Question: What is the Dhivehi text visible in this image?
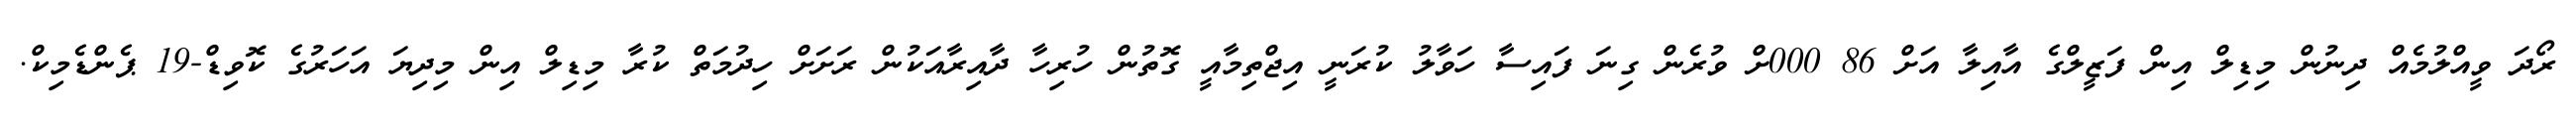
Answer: ރޯދަ ވީއްލުމެއް ދިނުން މިޑިލް އިން ފަޒީލްގެ އާއިލާ އަށް 86 000ށް ވުރެން ގިނަ ފައިސާ ހަވާލު ކުރަނީ އިޖްތިމާއީ ގޮތުން ހުރިހާ ދާއިރާއަކުން ރަށަށް ހިދުމަތް ކުރާ މިޑިލް އިން މިދިޔަ އަހަރުގެ ކޮވިޑް-19 ޕެންޑެމިކް.